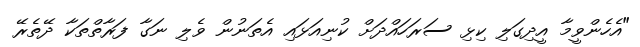
"އެހެންވީމާ އީދިގަލި ކިޅި ސަރަހައްދަށް ކުނިއަޅައި އެތަނުން ވެލި ނަގާ ފަރާތްތަކާ ދޭތެރޭ